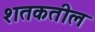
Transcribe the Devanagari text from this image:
शतकतील